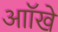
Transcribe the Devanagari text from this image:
आॉखे